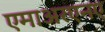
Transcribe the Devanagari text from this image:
एमाअरएनए